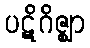
ပဋိဂိဇ္ဈာ